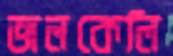
জলকেলি